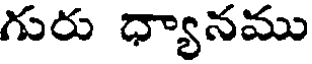
గురు ధ్యానము